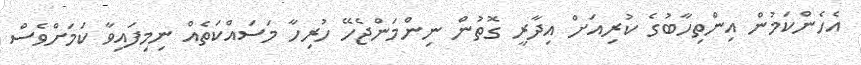
އެހެންކަމުން އިންތިހާބުގެ ކުރިއަށް އިދާރީ ގޮތުން ނިންމަންޖެހޭ ހުރިހާ މަސައްކަތެއް ނިމިފައިވާ ކަމަށްވެސް